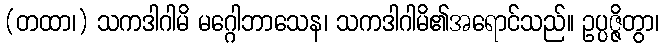
(တထာ၊) သကဒါဂါမိ မဂ္ဂေါဘာသေန၊ သကဒါဂါမိ၏အရောင်သည်။ ဥပ္ပဇ္ဇိတွာ၊